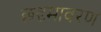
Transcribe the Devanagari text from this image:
छदृमावरण